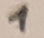
Text: 1